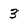
Character: 3